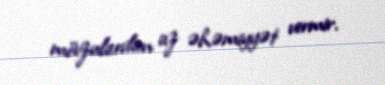
mövzulardan az əhəmiyyət vermir.